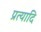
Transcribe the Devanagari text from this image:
प्रत्यादि